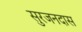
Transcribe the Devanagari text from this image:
सुरजनदास